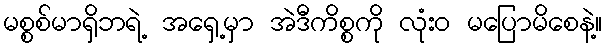
မစ္စစ်မာရှိဘရဲ့ အရှေ့မှာ အဲဒီကိစ္စကို လုံးဝ မပြောမိစေနဲ့။